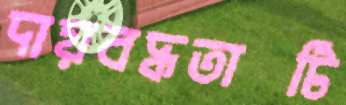
দায়বদ্ধতাটি